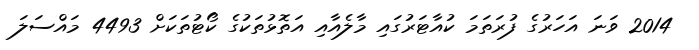
2014 ވަނަ އަހަރުގެ ފުރަތަމަ ކުއާޓަރުގައި މާލެއާއި އަތޮޅުތަކުގެ ކޯޓުތަކަށް 4493 މައްސަލަ